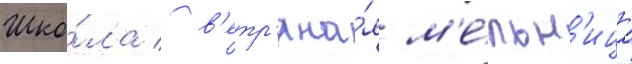
Шко́ла / в'етр'яна́я м'е́льн'ица